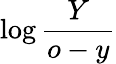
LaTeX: \log\frac{Y}{o-y}